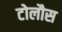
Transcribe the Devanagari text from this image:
टोलौस